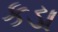
કડા